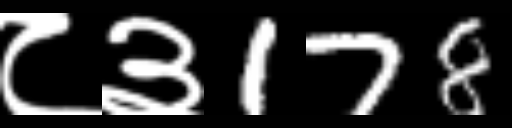
Text: ८३178